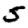
Digit: 5